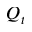
Q _ { t }